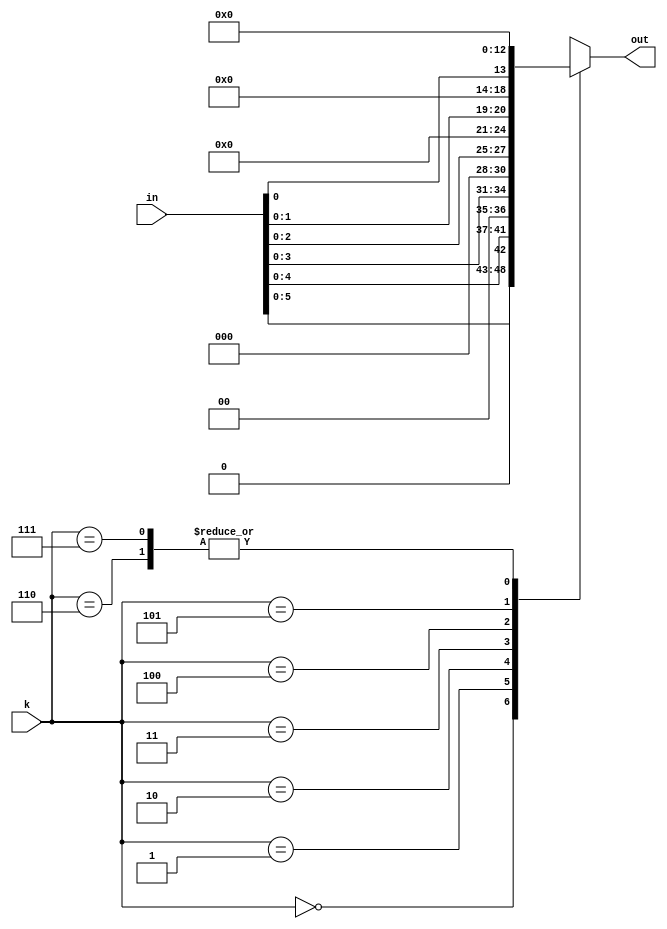
module left_shifter(out, in, k);
input [6:0] in;
input [2:0] k;

output reg [6:0] out;

always @(in,k)
case(k)
 0: out = in << 1;
 1: out = in << 2;
 2: out = in << 3;
 3: out = in << 4;
 4: out = in << 5;
 5: out = in << 6;
 6: out = in << 7;
 7: out = in << 8;

endcase

endmodule